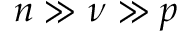
n \gg \nu \gg p